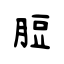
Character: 脰